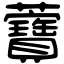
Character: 𧅤